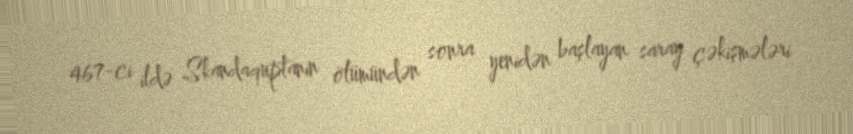
467-ci ildə Skandaquptanın ölümündən sonra yenidən başlayan saray çəkişmələri